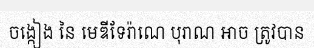
ចង្កៀង នៃ មេឌីទែរ៉ាណេ បុរាណ អាច ត្រូវបាន